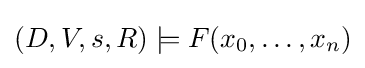
(D,V,s,R)\models F(x_{0},\ldots ,x_{n})